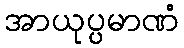
အာယုပ္ပမာဏံ